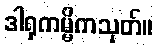
ဒါရုကမ္မိကသုတ်။